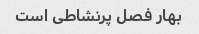
بهار فصل پرنشاطی است